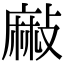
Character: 𪎘